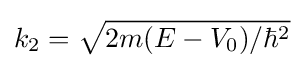
k_{2}={\sqrt {2m(E-V_{0})/\hbar ^{2}}}